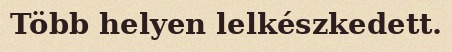
Több helyen lelkészkedett.